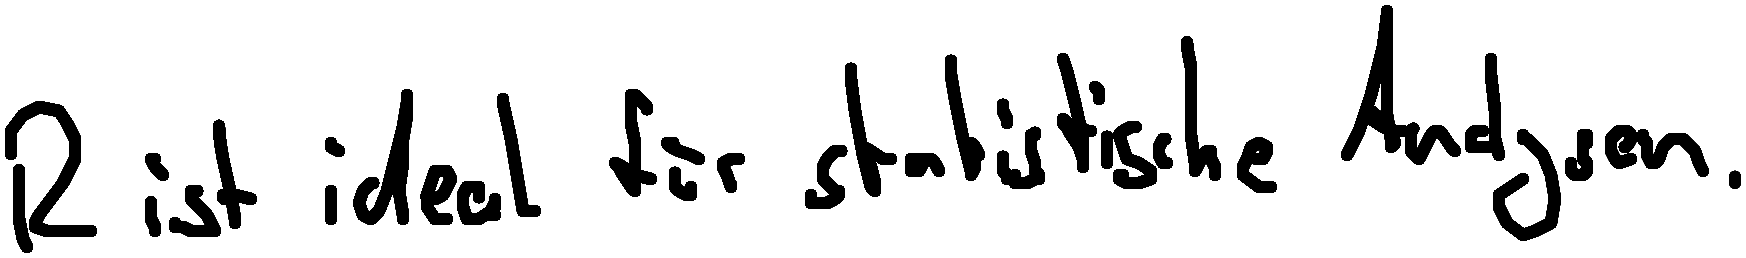
R ist ideal für statistische Analysen.